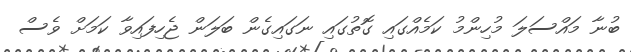
ބުނާ މައްސަލަ މުހިންމު ކަމެއްގައި ގޮތުގައި ނަގައިގެން ބަލަން ޖެހިފައިވާ ކަމަށް ވެސް